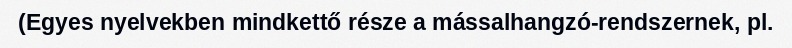
(Egyes nyelvekben mindkettő része a mássalhangzó-rendszernek, pl.